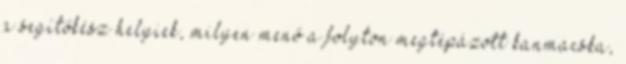
a segítőkész helyiek, milyen menő a folyton megtépázott kanmacska,